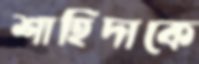
শাহিদাকে